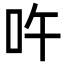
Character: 吘